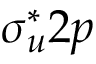
\sigma _ { u } ^ { \ast } 2 p